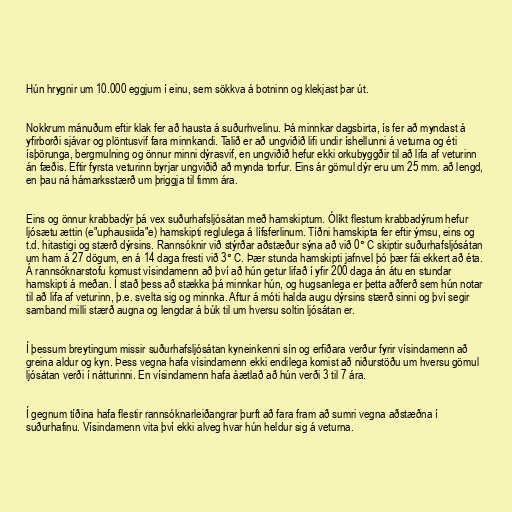
Hún hrygnir um 10.000 eggjum í einu, sem sökkva á botninn og klekjast þar út.

Nokkrum mánuðum eftir klak fer að hausta á suðurhvelinu. Þá minnkar dagsbirta, ís fer að myndast á
yfirborði sjávar og plöntusvif fara minnkandi. Talið er að ungviðið lifi undir íshellunni á veturna og éti
ísþörunga, bergmulning og önnur minni dýrasvif, en ungviðið hefur ekki orkubyggðir til að lifa af veturinn
án fæðis. Eftir fyrsta veturinn byrjar ungviðið að mynda torfur. Eins ár gömul dýr eru um 25 mm. að lengd,
en þau ná hámarksstærð um þriggja til fimm ára.

Eins og önnur krabbadýr þá vex suðurhafsljósátan með hamskiptum. Ólíkt flestum krabbadýrum hefur
ljósætu ættin (e"uphausiida"e) hamskipti reglulega á lífsferlinum. Tíðni hamskipta fer eftir ýmsu, eins og
t.d. hitastigi og stærð dýrsins. Rannsóknir við stýrðar aðstæður sýna að við 0° C skiptir suðurhafsljósátan
um ham á 27 dögum, en á 14 daga fresti við 3° C. Þær stunda hamskipti jafnvel þó þær fái ekkert að éta.
Á rannsóknarstofu komust vísindamenn að því að hún getur lifað í yfir 200 daga án átu en stundar
hamskipti á meðan. Í stað þess að stækka þá minnkar hún, og hugsanlega er þetta aðferð sem hún notar
til að lifa af veturinn, þ.e. svelta sig og minnka. Aftur á móti halda augu dýrsins stærð sinni og því segir
samband milli stærð augna og lengdar á búk til um hversu soltin ljósátan er.

Í þessum breytingum missir suðurhafsljósátan kyneinkenni sín og erfiðara verður fyrir vísindamenn að
greina aldur og kyn. Þess vegna hafa vísindamenn ekki endilega komist að niðurstöðu um hversu gömul
ljósátan verði í nátturinni. En vísindamenn hafa áætlað að hún verði 3 til 7 ára.

Í gegnum tíðina hafa flestir rannsóknarleiðangrar þurft að fara fram að sumri vegna aðstæðna í
suðurhafinu. Vísindamenn vita því ekki alveg hvar hún heldur sig á veturna.